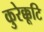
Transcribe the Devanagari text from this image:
कुरेक्कूटि